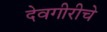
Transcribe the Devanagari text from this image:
देवगीरीचे